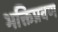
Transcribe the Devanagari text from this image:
भक्तिप्रवण